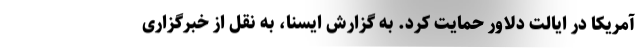
آمریکا در ایالت دلاور حمایت کرد. به گزارش ایسنا، به نقل از خبرگزاری